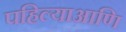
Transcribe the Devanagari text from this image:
पहिल्याआणि